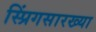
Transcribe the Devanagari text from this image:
स्प्रिंगसारख्या